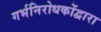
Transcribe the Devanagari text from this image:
गर्भनिरोधकोंद्वारा